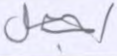
أجعل